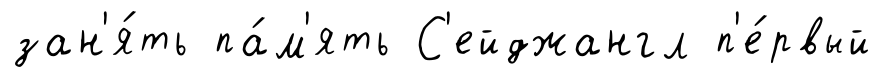
зан'я́ть па́м'ять С'ейджангл п'е́рвый